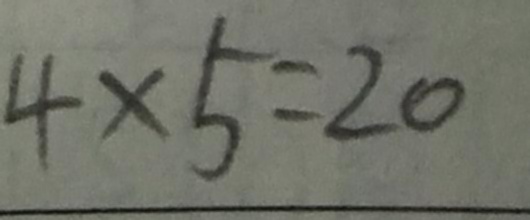
4 \times 5 = 2 0